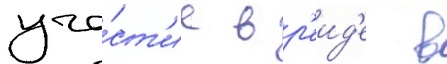
уча́ст'ие в р'еид'е в